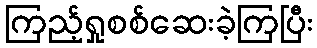
ကြည့်ရှုစစ်ဆေးခဲ့ကြပြီး